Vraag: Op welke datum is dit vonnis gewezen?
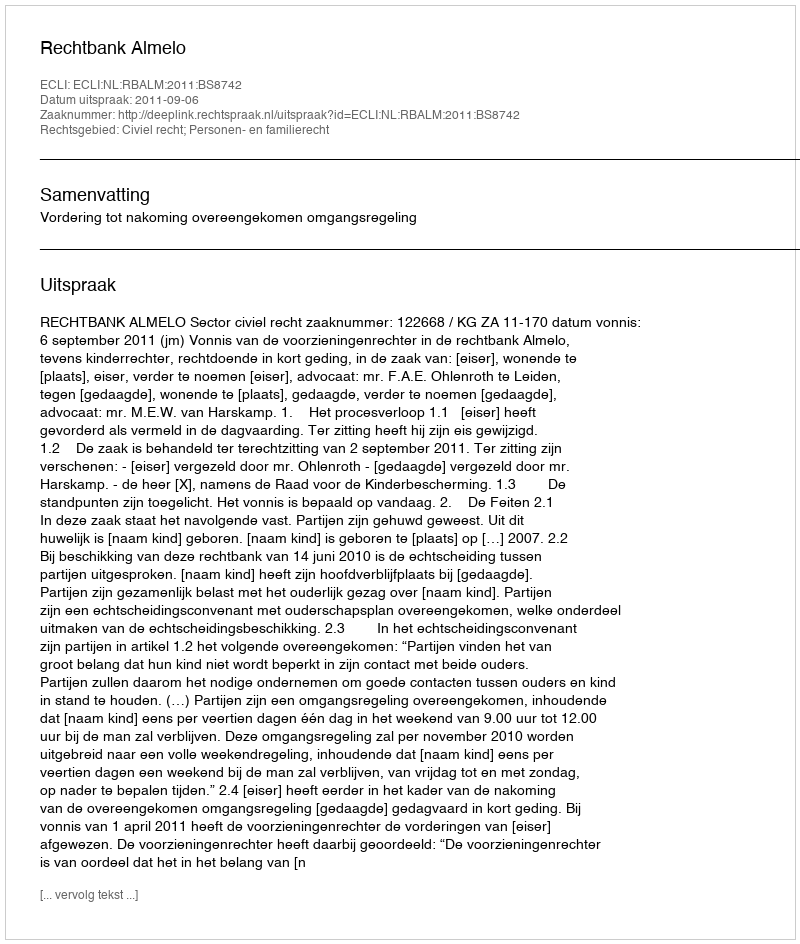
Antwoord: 2011-09-06